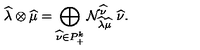
\widehat { \lambda } \otimes \widehat { \mu } = \bigoplus _ { \widehat { \nu } \in P _ { + } ^ { k } } { \cal N } _ { \widehat { \lambda } \widehat { \mu } } ^ { \widehat { \nu } } \ \widehat { \nu } .